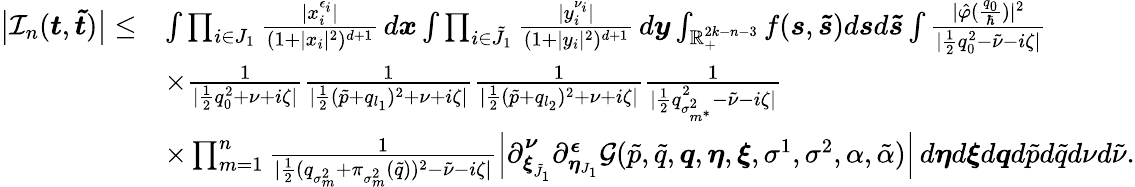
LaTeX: \begin{array}{rl}{\big|\mathcal{I}_{n}(\boldsymbol{t},\boldsymbol{\tilde{t}})\big|\leq}&{\int\prod_{i\in J_{1}}\frac{|x_{i}^{\epsilon_{i}}|}{(1+|x_{i}|^{2})^{d+1}}\, d\boldsymbol{x}\int\prod_{i\in\tilde{J}_{1}}\frac{|y_{i}^{\nu_{i}}|}{(1+|y_{i}|^{2})^{d+1}}\, d\boldsymbol{y}\int_{\mathbb{R}_{+}^{2k-n-3}}f(\boldsymbol{s},\boldsymbol{\tilde{s}})d\boldsymbol{s}d\boldsymbol{\tilde{s}}\int\frac{|\hat{\varphi}(\frac{q_{0}}{\hbar})|^{2}}{|\frac{1}{2}q_{0}^{2}-\tilde{\nu}-i\zeta|}}\\ &{\times\frac{1}{|\frac{1}{2}q_{0}^{2}+\nu+i\zeta|}\frac{1}{|\frac{1}{2}(\tilde{p}+q_{l_{1}})^{2}+\nu+i\zeta|}\frac{1}{|\frac{1}{2}(\tilde{p}+q_{l_{2}})^{2}+\nu+i\zeta|}\frac{1}{|\frac{1}{2}q_{\sigma_{m^{*}}^{2}}^{2}-\tilde{\nu}-i\zeta|}}\\ &{\times\prod_{m=1}^{n}\frac{1}{|\frac{1}{2}(q_{\sigma_{m}^{2}}+\pi_{\sigma_{m}^{2}}(\tilde{q}))^{2}-\tilde{\nu}-i\zeta|}\Big|\partial_{\boldsymbol{\xi}_{\tilde{J}_{1}}}^{\boldsymbol{\nu}}\partial_{\boldsymbol{\eta}_{J_{1}}}^{\boldsymbol{\epsilon}}\mathcal{G}(\tilde{p},\tilde{q},\boldsymbol{q},\boldsymbol{\eta},\boldsymbol{\xi},\sigma^{1},\sigma^{2},\alpha,\tilde{\alpha})\Big|\, d\boldsymbol{\eta}d\boldsymbol{\xi}d\boldsymbol{q}d\tilde{p}d\tilde{q}d\nu d\tilde{\nu}.}\end{array}